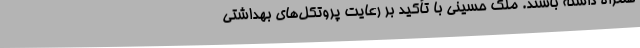
همراه داشته باشند. ملک حسینی با تأکید بر رعایت پروتکل‌های بهداشتی